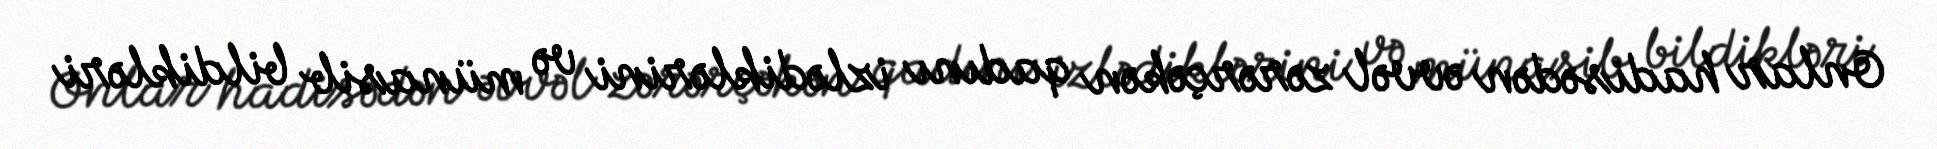
Onlar hadisədən əvvəl zərərçəkən qadını izlədiklərini və münasib bildikləri